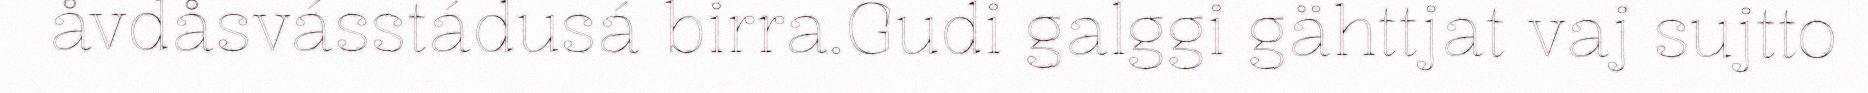
åvdåsvásstádusá birra.Gudi galggi gähttjat vaj sujtto